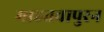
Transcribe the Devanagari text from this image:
माहतवापुरन